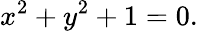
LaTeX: x^{2}+y^{2}+1=0.